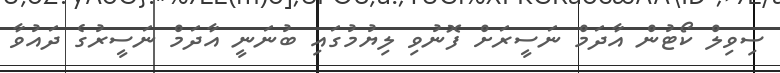
ސިވިލް ކޯޓުން އާދަމް ނަސީރަށް ފޮނުވި ލިޔުމުގައި ބުނަނީ އާދަމް ނަސީރުގެ ދައުވާ